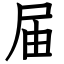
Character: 届